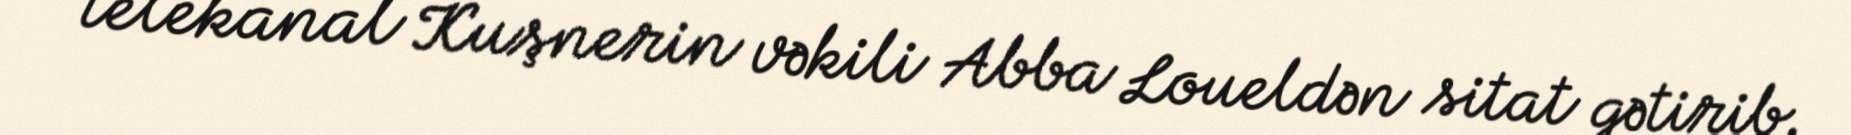
telekanal Kuşnerin vəkili Abba Loueldən sitat gətirib.